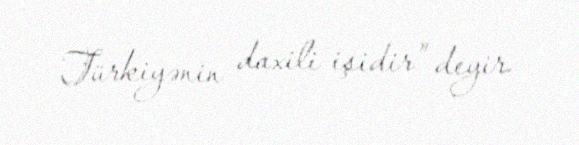
Türkiyənin daxili işidir” deyir.